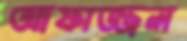
আফাজ্জল